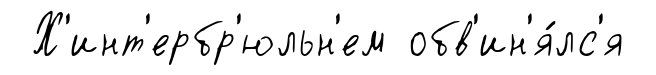
Х'инт'ербр'юльн'ем обв'ин'я́лс'я